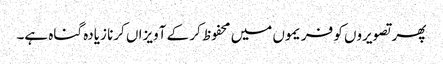
پھر تصویروں کو فریموں میں محفوظ کر کے آویزاں کرنا زیادہ گناہ ہے۔